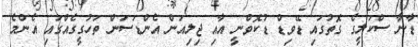
ޑާނާ ސްކަލީގެ ގޮތުގައި ޑޭވިޑް ޑުކޮވްނީ އާއި ޖިލިއަން އެންޑަސަން ތަހުގީގެއްގައި އެންމެ